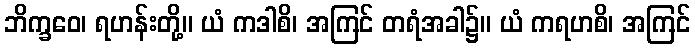
ဘိက္ခဝေ၊ ရဟန်းတို့။ ယံ ကဒါစိ၊ အကြင် တရံအခါ၌။ ယံ ကရဟစိ၊ အကြင်